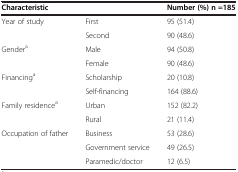
<table><thead><tr><td><b>Characteristic</b></td><td><b> </b></td><td><b>Number (%)n =185</b></td></tr></thead><tbody><tr><td rowspan="2">Year of study</td><td>First</td><td>95 (51.4)</td></tr><tr><td>Second</td><td>90 (48.6)</td></tr><tr><td rowspan="2">Gender<sup>a</sup></td><td>Male</td><td>94 (50.8)</td></tr><tr><td>Female</td><td>90 (48.6)</td></tr><tr><td rowspan="2">Financing<sup>a</sup></td><td>Scholarship</td><td>20 (10.8)</td></tr><tr><td>Self-financing</td><td>164 (88.6)</td></tr><tr><td rowspan="2">Family residence<sup>a</sup></td><td>Urban</td><td>152 (82.2)</td></tr><tr><td>Rural</td><td>21 (11.4)</td></tr><tr><td rowspan="3">Occupation of father</td><td>Business</td><td>53 (28.6)</td></tr><tr><td>Government service</td><td>49 (26.5)</td></tr><tr><td>Paramedic/doctor</td><td>12 (6.5)</td></tr></tbody></table>